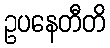
ဥပနေတီတိ